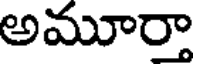
అమూర్తా